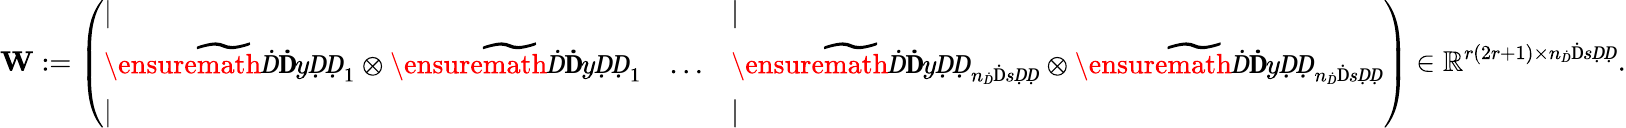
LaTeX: \mathbf{W}:=\left(\begin{array}{lll}{|}&{}&{|}\\ {\widetilde{\ensuremath Ḋ\mathbf ḊyḌḌ}_{1}\otimes\widetilde{\ensuremath Ḋ\mathbf ḊyḌḌ}_{1}}&{\dots}&{\widetilde{\ensuremath Ḋ\mathbf ḊyḌḌ}_{n_{Ḋ}\mathrm ḊsḌḌ}\otimes\widetilde{\ensuremath Ḋ\mathbf ḊyḌḌ}_{n_{Ḋ}\mathrm ḊsḌḌ}}\\ {|}&{}&{|}\end{array}\right)\in\mathbb{R}^{r(2r+1)\times n_{Ḋ}\mathrm ḊsḌḌ}.